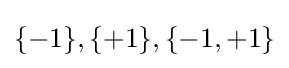
\{-1\},\{+1\},\{-1,+1\}